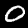
Label: 0